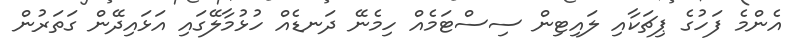
އެންމެ ފަހުގެ ޕިޗަކާއި ލައިޓިން ސިސްޓަމެއް ހިމެނޭ ދަނޑެއް ހުޅުމާލޭގައި އަޅައިދޭން ގަތަރުން